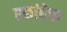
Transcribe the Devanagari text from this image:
एकांबेचा